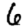
Digit: 6